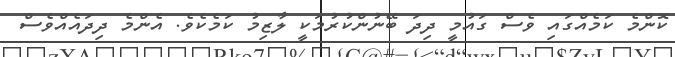
ކޮންމެ ކަމެއްގައި ވެސް ގައުމީ ދިދަ ބޭނުންކުރުމަކީ ލާޒިމު ކަމެކެވެ. އެންމެ ދިދައެއްވެސް